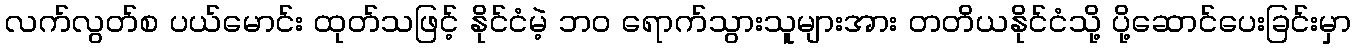
လက်လွတ်စ ပယ်မောင်း ထုတ်သဖြင့် နိုင်ငံမဲ့ ဘ၀ ရောက်သွားသူများအား တတိယနိုင်ငံသို့ ပို့ဆောင်ပေးခြင်းမှာ